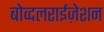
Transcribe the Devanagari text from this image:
बोव्दलराईज़ेशन